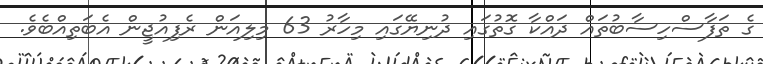
ގެ ތަފާސްހިސާބުތައް ދައްކާ ގޮތުގައި ދުނިޔޭގައި މިހާރު 63 މިލިއަން ރެފިއުޖީން އެބަތިއްބެވެ.